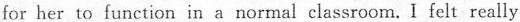
for her to function in a normal classroom.I felt really